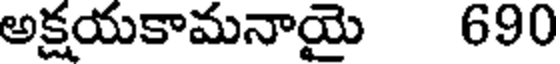
అక్షయకామనాయై 690